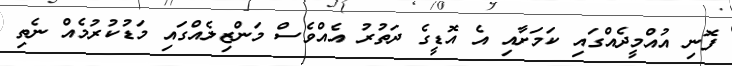
ފޮނި އުއްމީދެއްގައި ކަމަށާއި އެ އޮޑީގެ ދަތުރު އެއްވެސް މަންޒިލެއްގައި މަޑުކުރުމެއް ނެތި